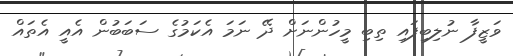
ވަޒީފާ ނުލިބިފައި ތިބި މީހުންނަށް ދޭ ނަމަ އެކަމުގެ ސަބަބުން އެއީ އެތައް